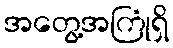
အတွေ့အကြုံရှိ